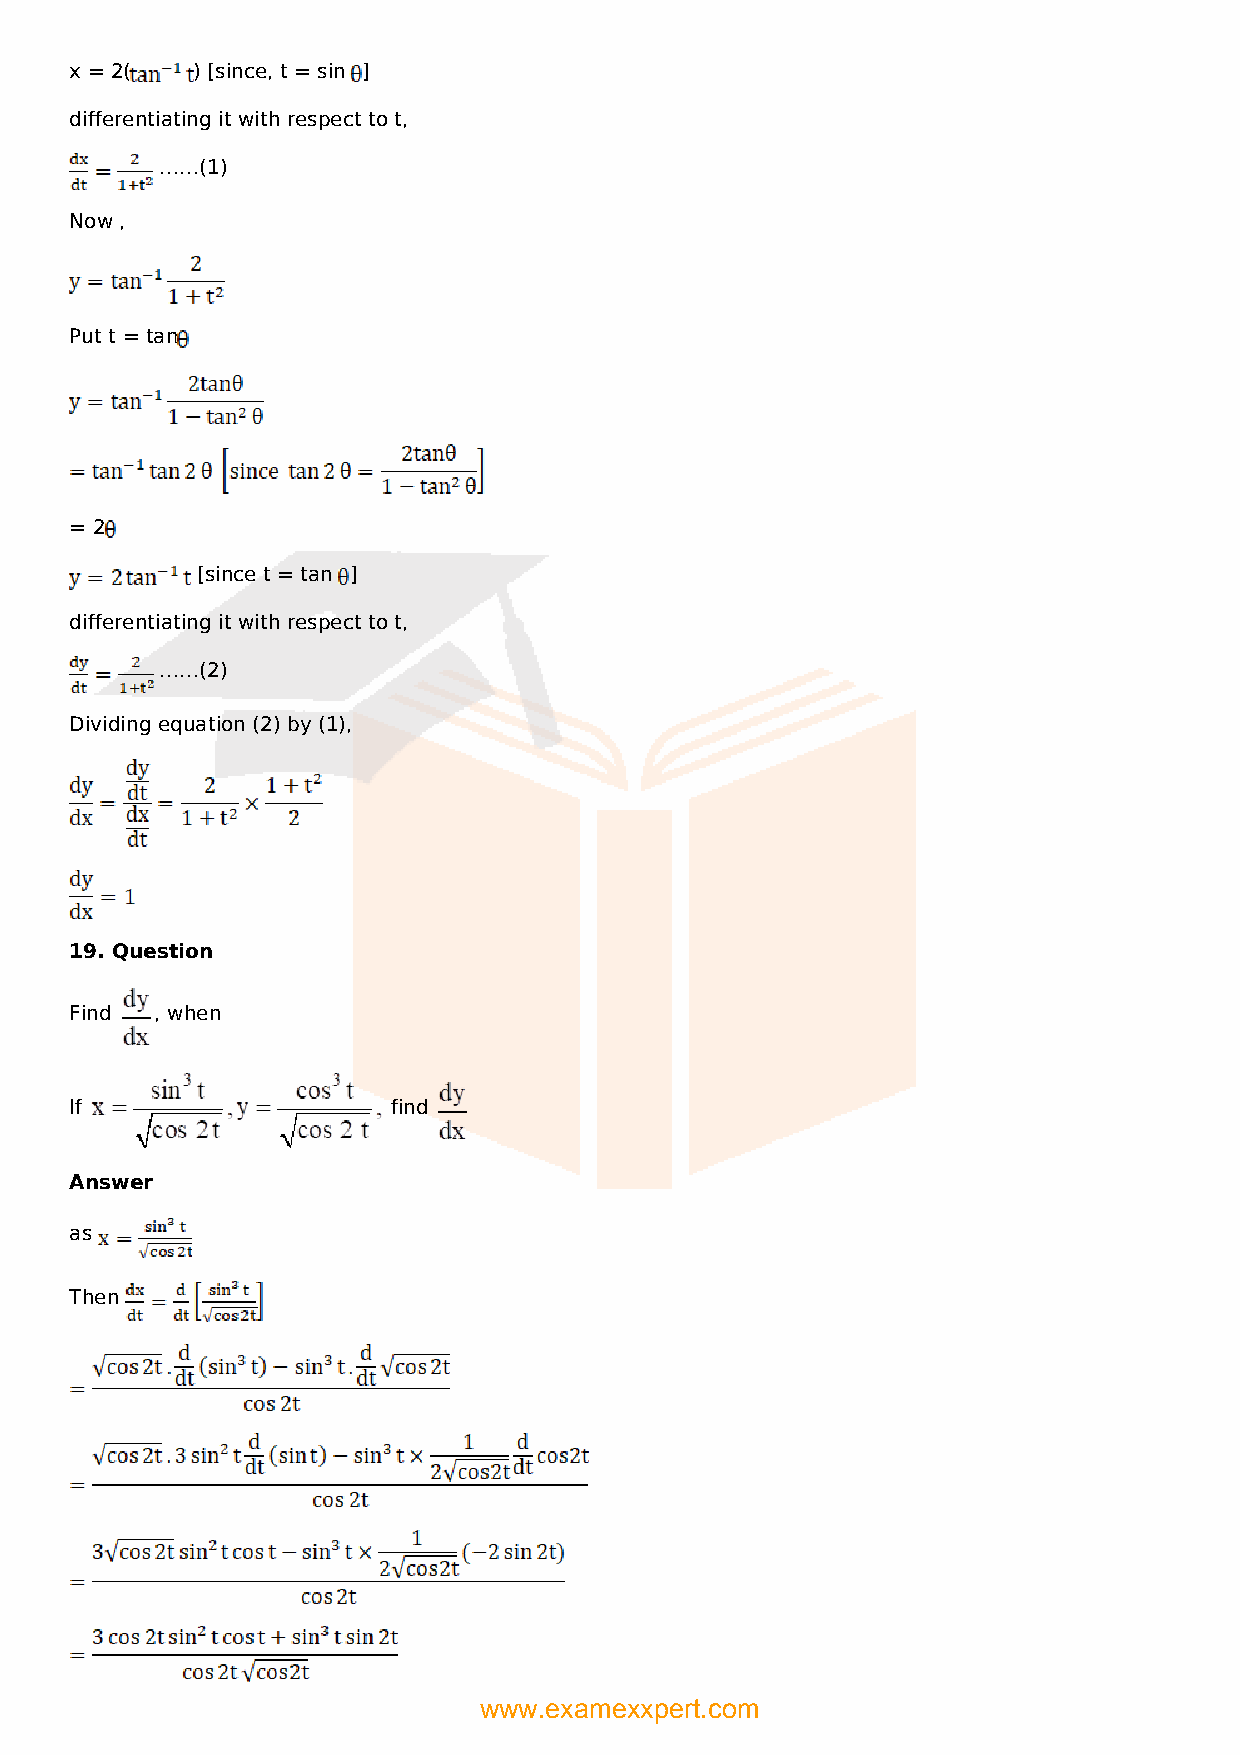
x = 2(  ) [since, t = sin ]
 differentiating it with respect to t,
 ……(1)
 Now ,
 Put t = tan
 = 2
 [since t = tan ]
 differentiating it with respect to t,
 ……(2)
 Dividing equation (2) by (1),
 19. Question
 Find , when
 If                   find
 Answer
 as
 Then
 www.examexxpert.com